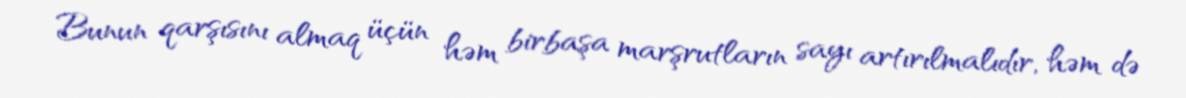
Bunun qarşısını almaq üçün həm birbaşa marşrutların sayı artırılmalıdır, həm də